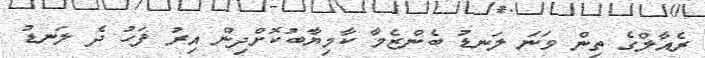
ރެއާލްގެ ތިން ވަނަ ލަނޑު ބެންޒެމާ ކާމިޔާބުކޮށްދިން އިރު ފަހު ދެ ލަނޑު